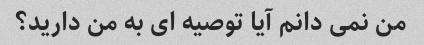
من نمی دانم آیا توصیه ای به من دارید؟